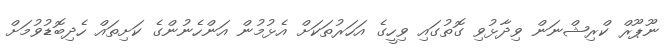
ނޫޕޫރް ކްރިޝްނަން ވިދާޅުވި ގޮތުގައި ވިހީގެ އަހަރުތަކަށް އެޅުމުން އަންހެނުންގެ ކަށިތައް ހެދިބޮޑުވުމަށް